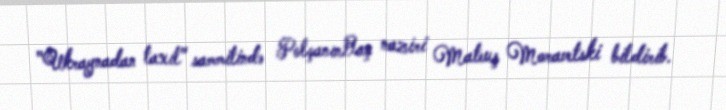
"Ukraynadan taxıl" sammitində PolşanınBaş naziri Mateuş Moravetski bildirib.